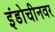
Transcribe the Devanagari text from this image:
इंडोचीनवर